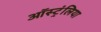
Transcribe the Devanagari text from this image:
ऑस्ट्रंलिया